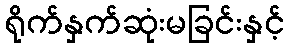
ရိုက်နှက်ဆုံးမခြင်းနှင့်